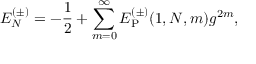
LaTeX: E _ { N } ^ { ( \pm ) } = - { \frac { 1 } { 2 } } + \sum _ { m = 0 } ^ { \infty } E _ { \mathrm { P } } ^ { ( \pm ) } ( 1 , N , m ) g ^ { 2 m } ,